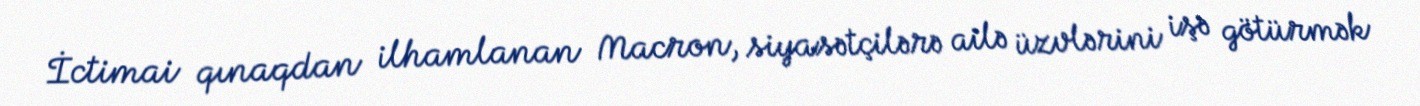
İctimai qınaqdan ilhamlanan Macron, siyasətçilərə ailə üzvlərini işə götürmək